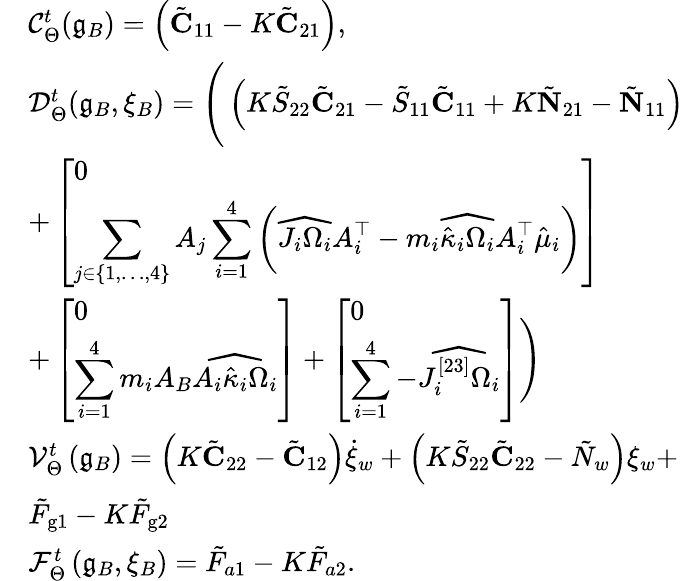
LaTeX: \begin{array}{rl}&{\mathcal{C}_{\Theta}^{t}(\mathfrak{g}_{B})=\left(\tilde{\mathbf{C}}_{11}-K\tilde{\mathbf{C}}_{21}\right),}\\ &{\mathcal{D}_{\Theta}^{t}(\mathfrak{g}_{B},\xi_{B})=\Bigg(\left(K\tilde{S}_{22}\tilde{\mathbf{C}}_{21}-\tilde{S}_{11}\tilde{\mathbf{C}}_{11}+K\tilde{\textbf{N}}_{21}-\tilde{\textbf{N}}_{11}\right)}\\ &{+\left[\begin{array}{l}{0}\\ {\displaystyle\sum_{j\in\{ 1,\dots,4\} }A_{j}\displaystyle\sum_{i=1}^{4}\left(\widehat{J_{i}\Omega_{i}}A_{i}^{\top}-m_{i}\widehat{\hat{\kappa}_{i}\Omega_{i}}A_{i}^{\top}\hat{\mu}_{i}\right)}\end{array}\right]}\\ &{+\left[\begin{array}{l}{0}\\ {\displaystyle\sum_{i=1}^{4}m_{i}A_{B}\widehat{A_{i}\hat{\kappa}_{i}\Omega_{i}}}\end{array}\right]+\left[\begin{array}{l}{0}\\ {\displaystyle\sum_{i=1}^{4}-\widehat{J_{i}^{[23]}\Omega_{i}}}\end{array}\right]\Bigg)}\\ &{\mathcal{V}_{\Theta}^{t}\left(\mathfrak{g}_{B}\right)=\left(K\tilde{\mathbf{C}}_{22}-\tilde{\mathbf{C}}_{12}\right)\dot{\xi}_{w}+\Big(K\tilde{S}_{22}\tilde{\mathbf{C}}_{22}-\tilde{N}_{w}\Big)\xi_{w}+}\\ &{\tilde{F}_{\mathrm{g}1}-K\tilde{F}_{\mathrm{g}2}}\\ &{\mathcal{F}_{\Theta}^{t}\left(\mathfrak{g}_{B},\xi_{B}\right)=\tilde{F}_{a1}-K\tilde{F}_{a2}.}\end{array}